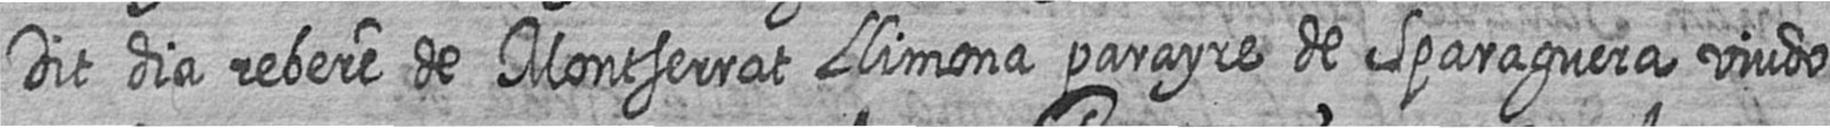
Dit dia rebere de Montserrat Llimona parayre de Sparaguera viudo